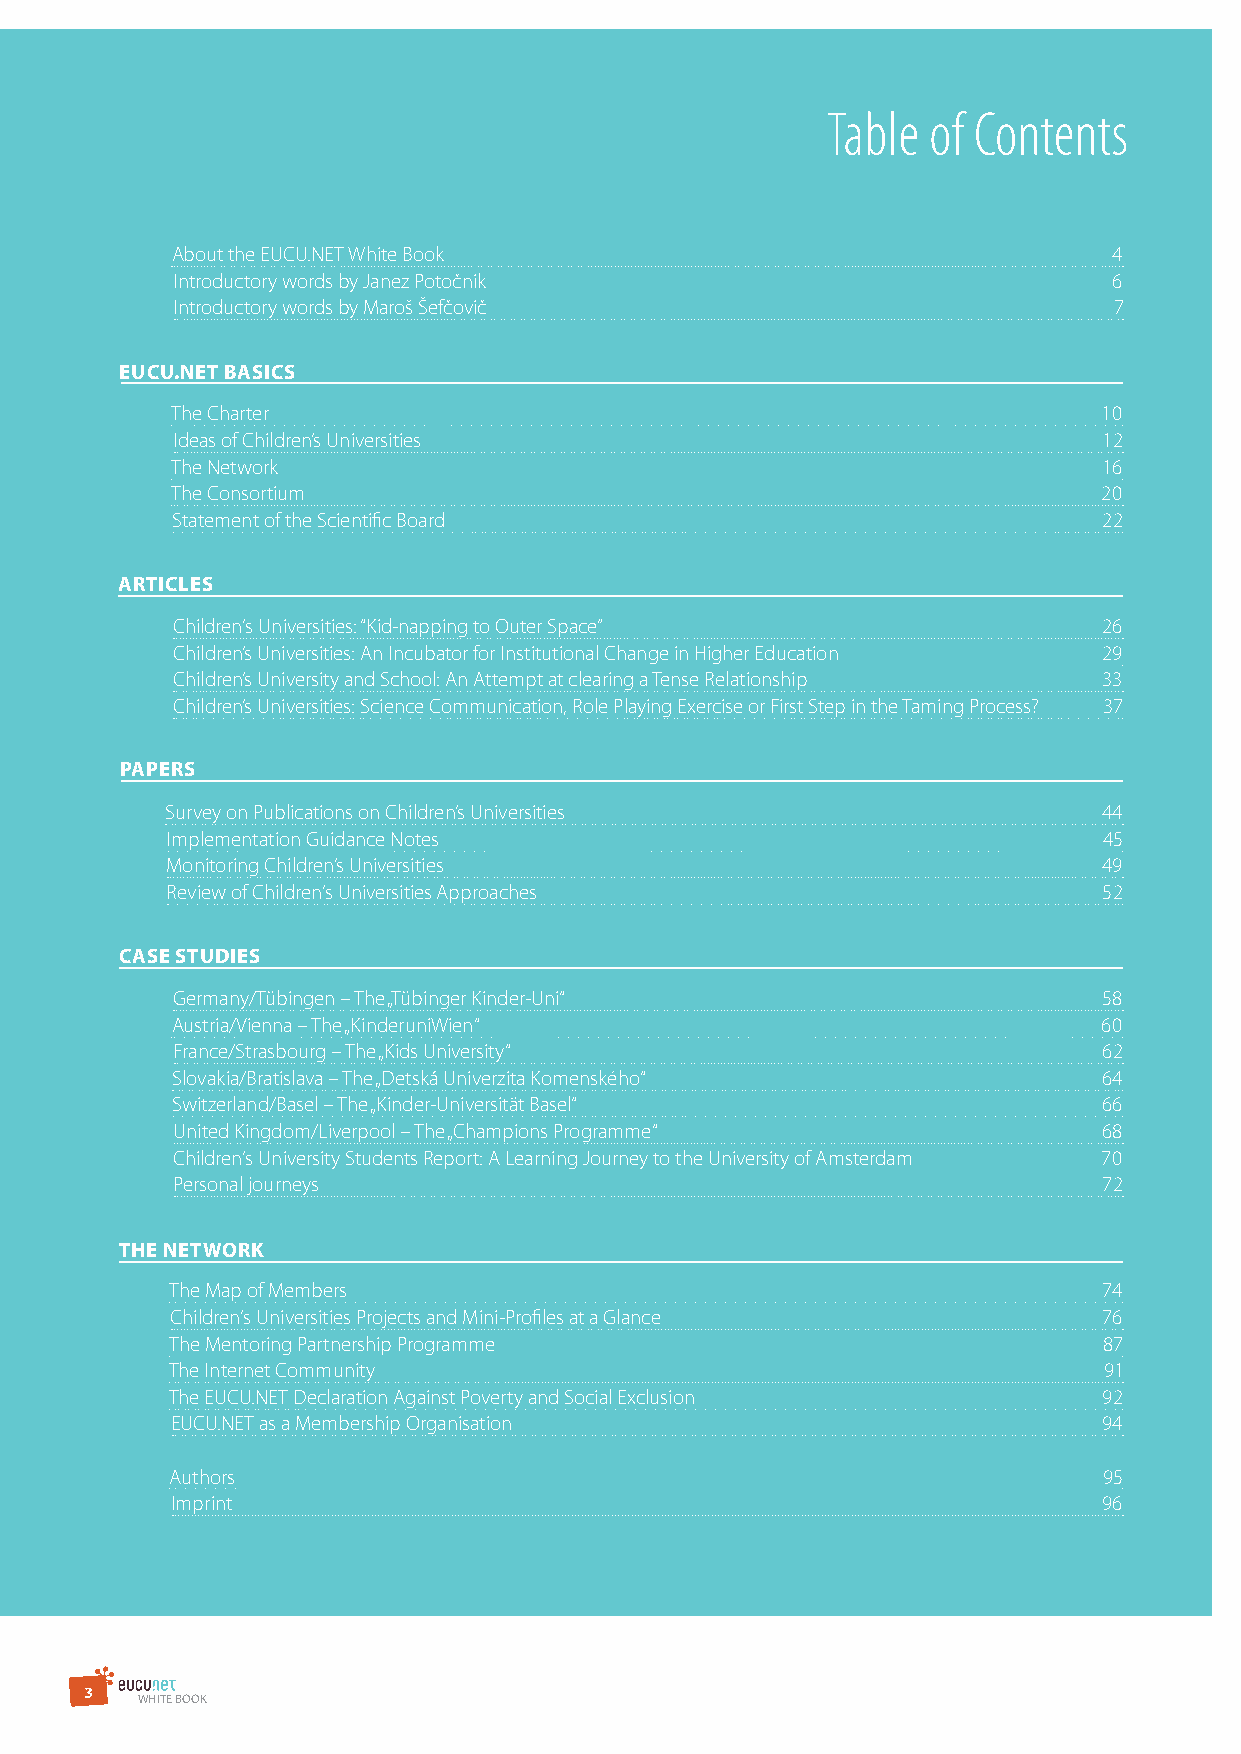
Table of Contents
 About the EUCU.NET White Book                                  4
 Introductory words by Janez Potočnik                           6
 Introductory words by Maroš Šefčovič                           7
 EUCU.NET BasiCs
 The Charter                                                   10
 Ideas of Children’s Universities                              12
 The Network                                                   16
 The Consortium                                                20
 Statement of the Scientific Board                             22
 arTiClEs
 Children‘s Universities: “Kid-napping to Outer Space”         26
 Children’s Universities: An Incubator for Institutional Change in Higher Education 29
 Children’s University and School: An Attempt at clearing a Tense Relationship 33
 Children’s Universities: Science Communication, Role Playing Exercise or First Step in the Taming Process? 37
 PaPErs
 Survey on Publications on Children’s Universities             44
 Implementation Guidance Notes                                 45
 Monitoring Children’s Universities                            49
 Review of Children‘s Universities Approaches                  52
 CasE sTUdiEs
 Germany/Tübingen – The „Tübinger Kinder-Uni“                  58
 Austria/Vienna – The „KinderuniWien“                          60
 France/Strasbourg – The „Kids University“                     62
 Slovakia/Bratislava – The „Detská Univerzita Komenského“      64
 Switzerland/Basel – The „Kinder-Universität Basel“            66
 United Kingdom/Liverpool – The „Champions Programme“          68
 Children‘s University Students Report: A Learning Journey to the University of Amsterdam 70
 Personal journeys                                             72
 ThE NETwork
 The Map of Members                                            74
 Children‘s Universities Projects and Mini-Profiles at a Glance 76
 The Mentoring Partnership Programme                           87
 The Internet Community                                        91
 The EUCU.NET Declaration Against Poverty and Social Exclusion 92
 EUCU.NET as a Membership Organisation                         94
 Authors                                                       95
 Imprint                                                       96
 3
 WHITE BOOK